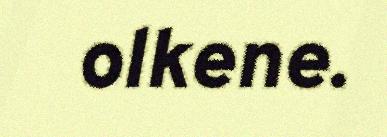
olkene.